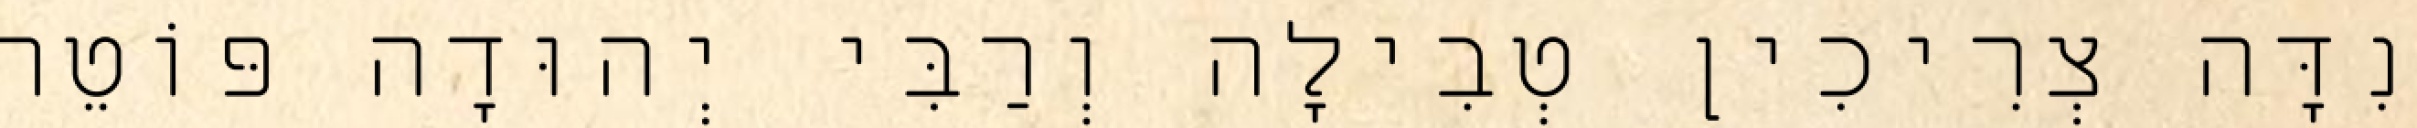
נִדָּה צְרִיכִין טְבִילָה וְרַבִּי יְהוּדָה פּוֹטֵר